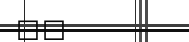
١٤